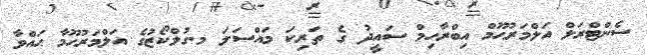
ސެންޓްރަލް އަލްމަރުޙޫމް އިބްރާހިމް ސައީދު ގެ ތަރިކަ މައްސަލަ މ.ގުލްކޯޒުގެ އަލްމަރުޙޫމާ ޙައްވާ